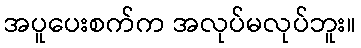
အပူပေးစက်က အလုပ်မလုပ်ဘူး။